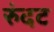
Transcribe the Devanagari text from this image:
रुंदट